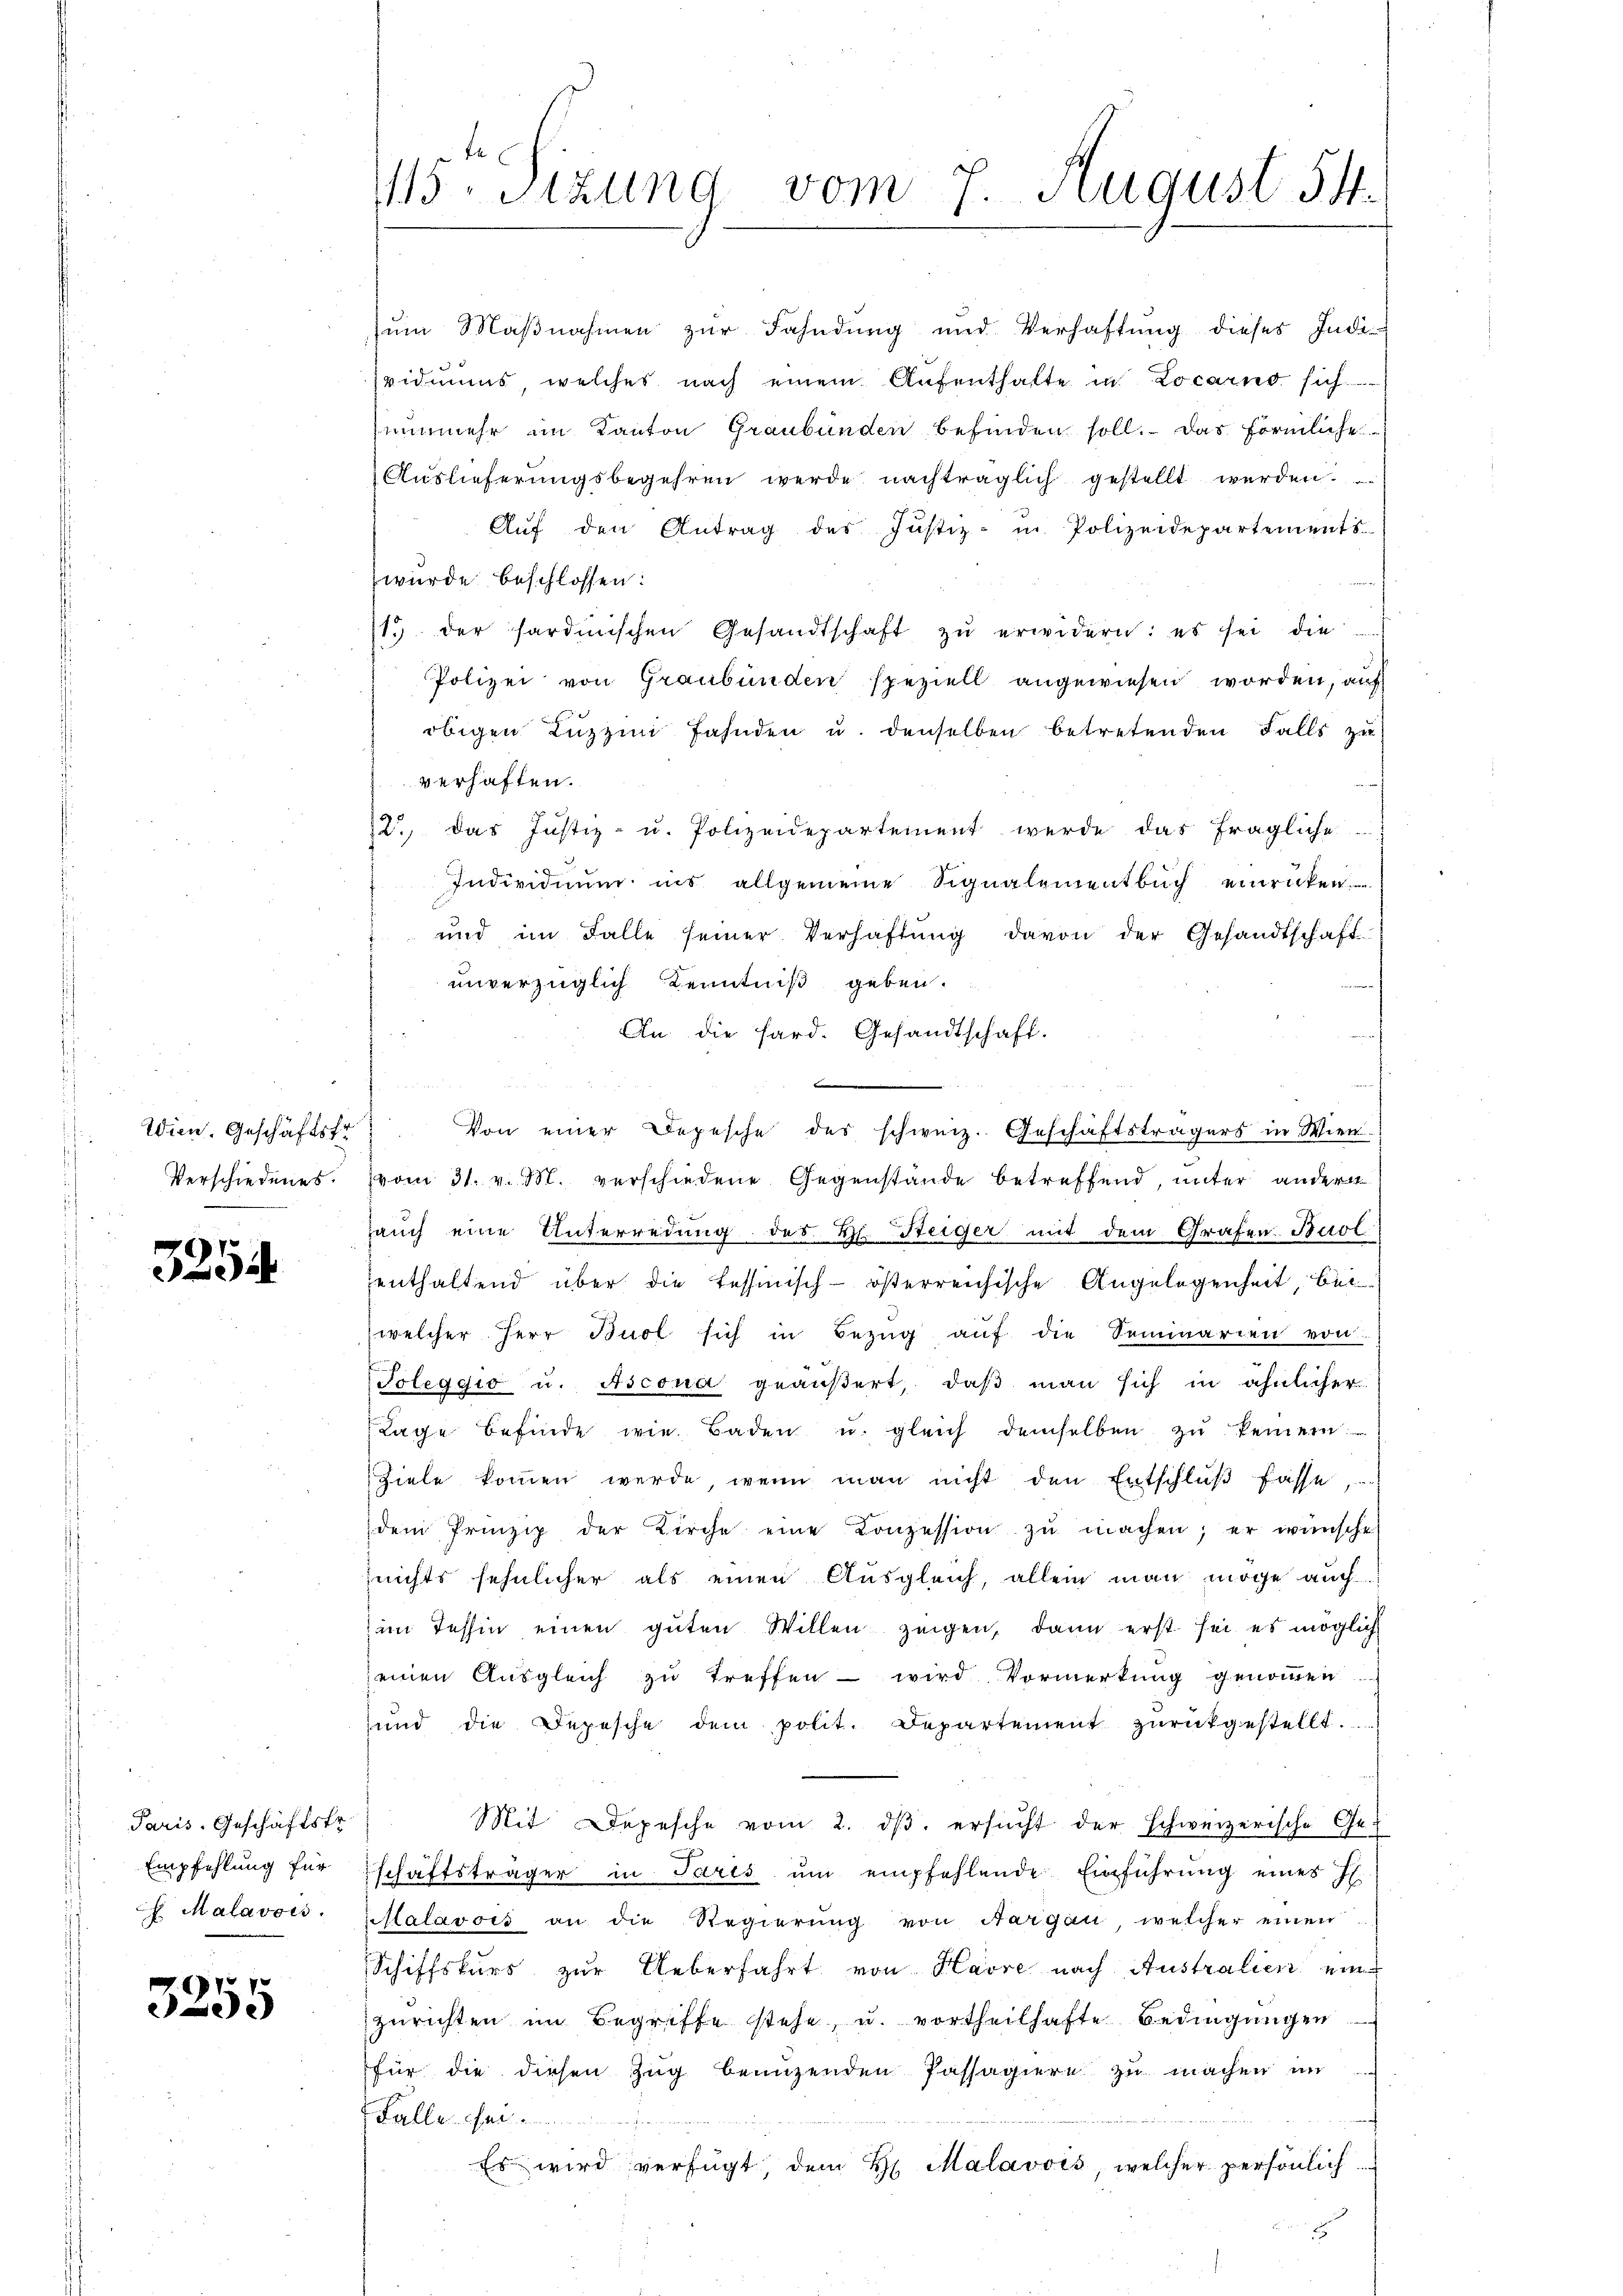
Wien. Geschäftsfr
Verschiedenes.

3254

Paris, Geschäftstr.
Empfehlung für
 Malavois.

3255

115. Sitzung vom 7. August 54.

zum Maßnahmen zur Fahndung und Verhaftung dieses Inde
vidiums welches nach einem Aufenthalte in Locarno sich
nunmehr im Kanton Graubünden befinden soll. Das förmliche
Auslieferungsbegehren werde nachträglich gestellt werden.
Auf den Antrag des Justiz- in Polizeidepartements-
wurde beschlossen:
1. der sardinischen Gesandtschaft zŭ erwidern: es sei die
Polizei von Graubünden speziell angewiesen worden, auf
e
obigen Zuzzin Jahnden u. denselben betretenden Falls zu
verhaften.
2., das Justiz- u. Polizeidepartement werde das fragliche
Individuum ins allgemeine Signalementbuch einrücken
und im Falle seiner Verhaftung davon der Gesandtschaft
unverzüglich Kenntniß geben.
An die Sard. Gesandtschaft.
B
n
Von einer Depesche des schweiz. Geschäftsträgers in Wien.
vom 31. v. M. verschiedene Gegenstände betreffend unter andern
Jauch eine Unterredung des Hl. Steiger mit dem Grafen Buol
enthaltend über die tessinisch-österreichische Angelegenheit, bei
welcher Herr Buol sich in Bezŭg aŭf die Seminarien von
Toleggio u. Ascona geäußert, daβ man sich in ähnlicher
Lage befinde wie Baden u. gleich demselben zŭ keinern:
Ziele kommen werde, wenn man nicht den Entschlŭβ fasse,
dem Prinzip der Kirche eine Konzession zŭ machen; er wünsche
nichts sehnlicher als einen Ausgleich, allein man möge auch
im Tessin einen guten Willen zeigen, dann erst sei es möglich
seinen Ausgleich zu treffen wird Vormerkung genommen
und die Depesche dem polit. Departement zurückgestellt.
Mit Depesche vom 2. dβ ersŭcht der schweizerische Ge-
schaftsträger in Paris ŭm empfehlende Einführung eines H.
Malavois an die Regierŭng von Aargau welcher einen
Schiffskurs zur Ueberfahrt von Havre nach Australien ein
zurichten im Begriffe stehe, u. vortheilhafte Bedingungen
für die diesen Zug benuzenden Passagiere zu machen in
Falle ei
Es wird verfügt, dem H. Malavvés, welcher persönlich